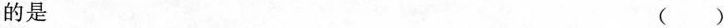
的是 ()